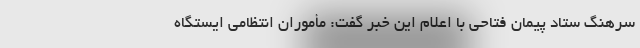
سرهنگ ستاد پیمان فتاحی با اعلام این خبر گفت: مأموران انتظامی ایستگاه